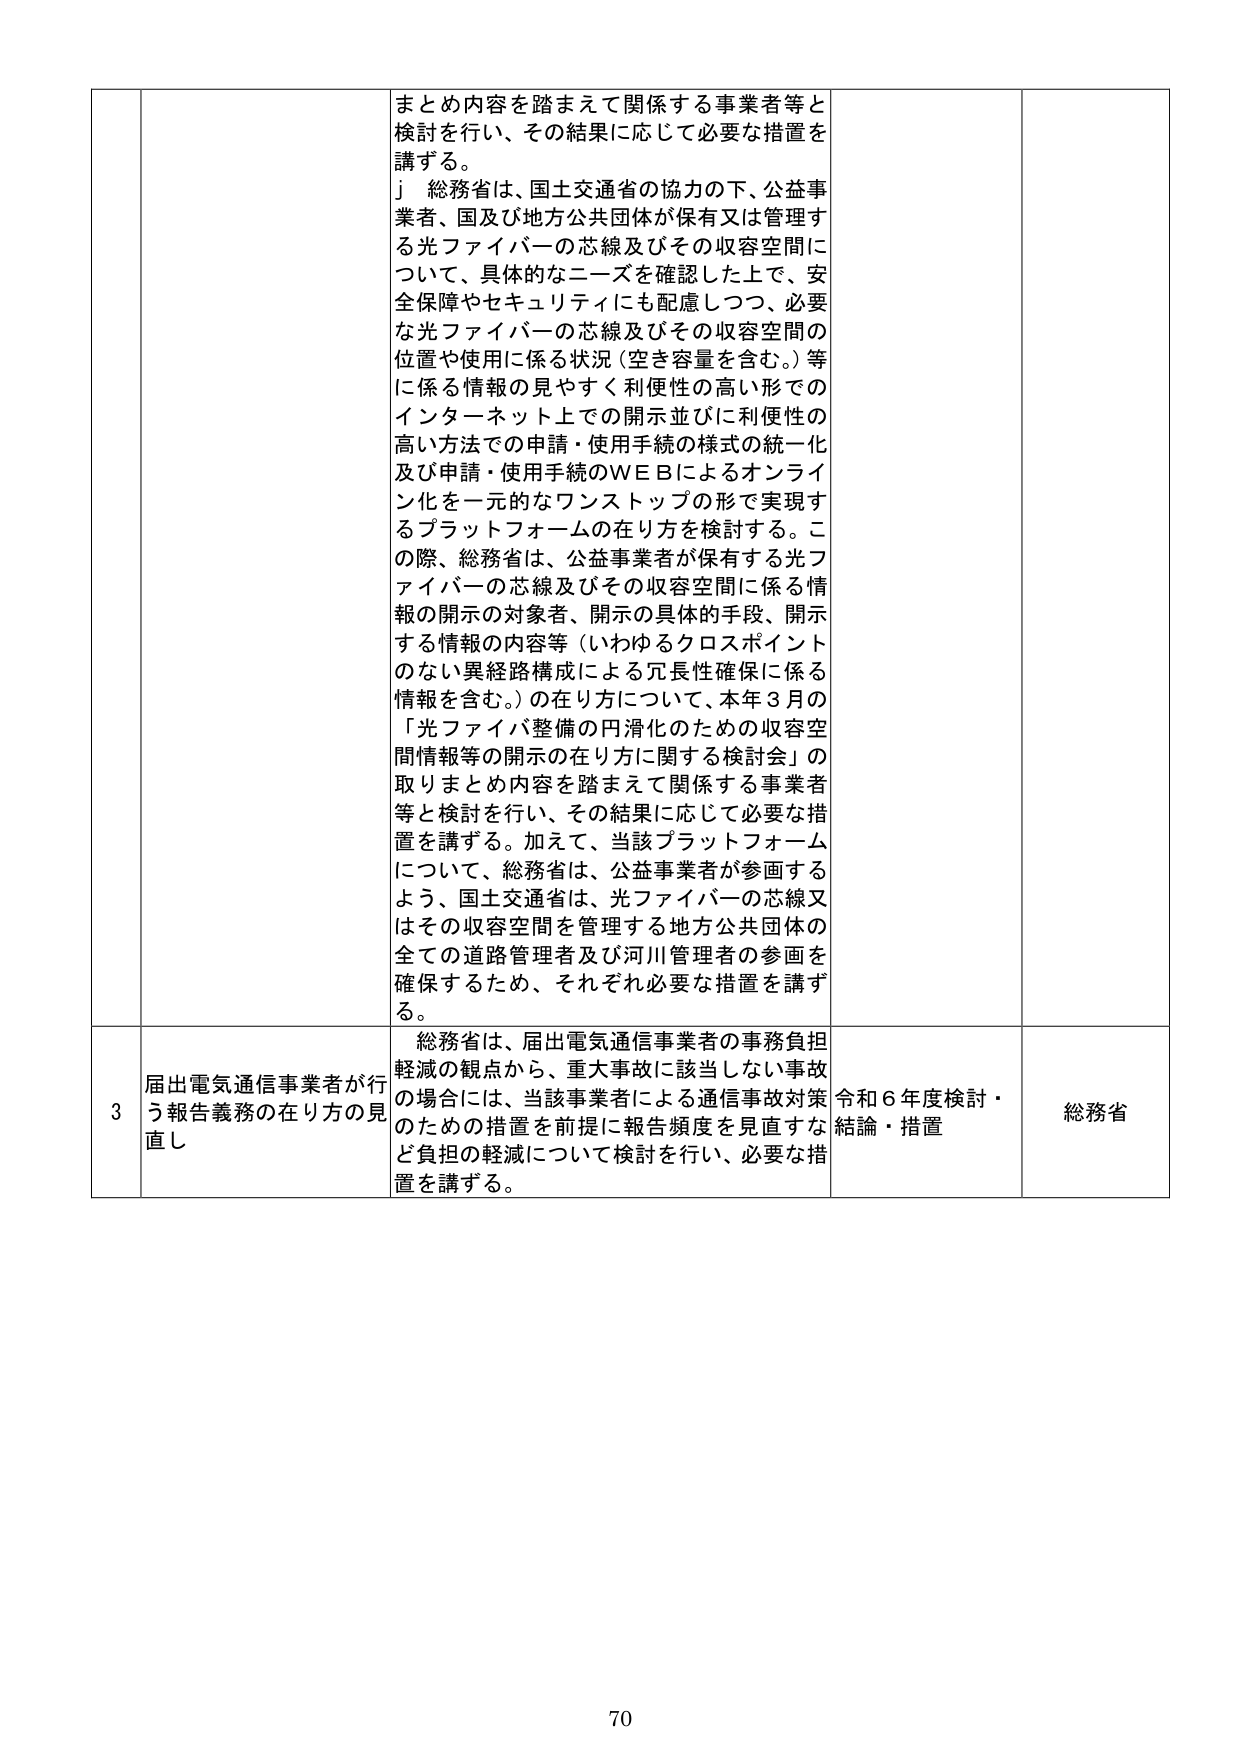
まとめ内容を踏まえて関係する事業者等と
検討を行い、その結果に応じて必要な措置を
講ずる。
」 総務省は、国土交通省の協力の下、公益事
業者、国及び地方公共団体が保有又は管理す
る光ファイバーの芯線及びその収容空間に
ついて、具体的なニーズを確認した上で、安
全保障やセキュリティにも配慮しつつ、必要
な光ファイバーの芯線及びその収容空間の
位置や使用に係る状況（空き容量を含む。）等
に係る情報の見やすく利便性の高い形での
インターネット上での開示並びに利便性の
高い方法での申請・使用手続の様式の統一化
及び申請・使用手続のＷＥＢによるオンライ
ン化を一元的なワンストップの形で実現す
るプラットフォームの在り方を検討する。こ
の際、総務省は、公益事業者が保有する光フ
ァイバーの芯線及びその収容空間に係る情
報の開示の対象者、開示の具体的手段、開示
する情報の内容等（いわゆるクロスポイント
のない異経路構成による冗長性確保に係る
情報を含む。）の在り方について、本年3月の
「光ファイバ整備の円滑化のための収容空
間情報等の開示の在り方に関する検討会」の
取りまとめ内容を踏まえて関係する事業者
等と検討を行い、その結果に応じて必要な措
置を講ずる。加えて、当該プラットフォーム
について、総務省は、公益事業者が参画する
よう、国土交通省は、光ファイバーの芯線又
はその収容空間を管理する地方公共団体の
全ての道路管理者及び河川管理者の参画を
確保するため、それぞれ必要な措置を講ず
る。

3 届出電気通信事業者が行
う報告義務の在り方の見
直し
総務省は、届出電気通信事業者の事務負担
軽減の観点から、重大事故に該当しない事故
の場合には、当該事業者による通信事故対策
のための措置を前提に報告頻度を見直すな
ど負担の軽減について検討を行い、必要な措
置を講ずる。
令和6年度検討・
結論・措置
総務省

70